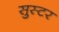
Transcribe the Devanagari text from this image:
सुस्टर